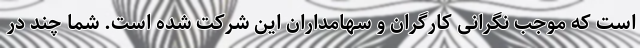
است که موجب نگرانی کارگران و سهامداران این شرکت شده است. شما چند در